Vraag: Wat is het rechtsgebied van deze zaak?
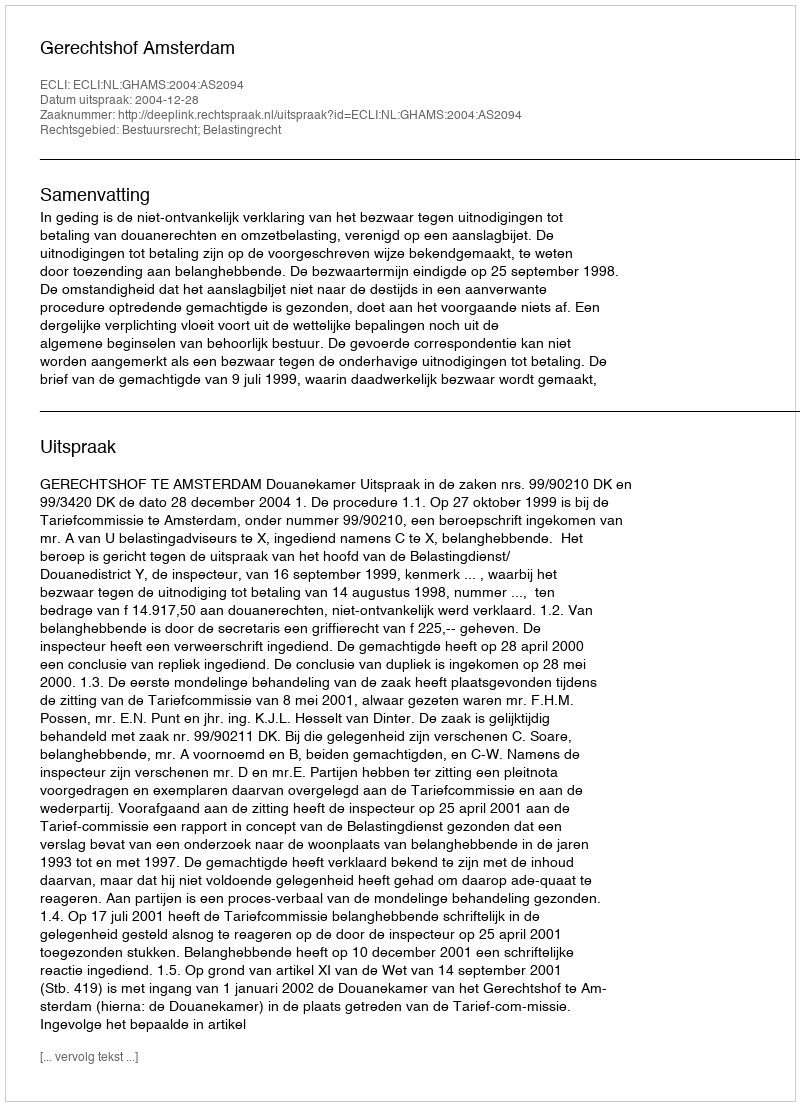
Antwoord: Bestuursrecht; Belastingrecht